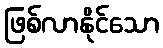
ဖြစ်လာနိုင်သော